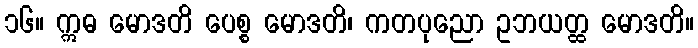
၁၆။ ဣဓ မောဒတိ ပေစ္စ မောဒတိ၊ ကတပုညော ဥဘယတ္ထ မောဒတိ။